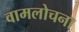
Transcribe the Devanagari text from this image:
वामलोचना